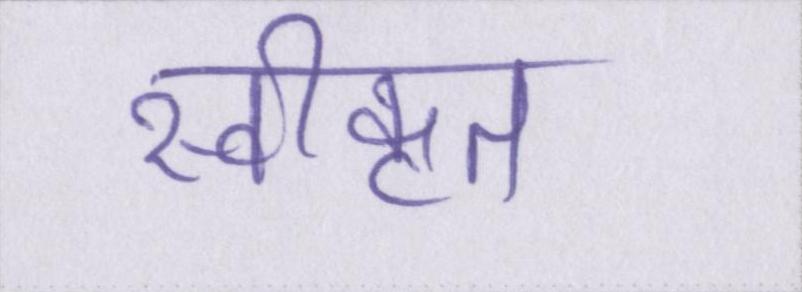
स्वीकृत